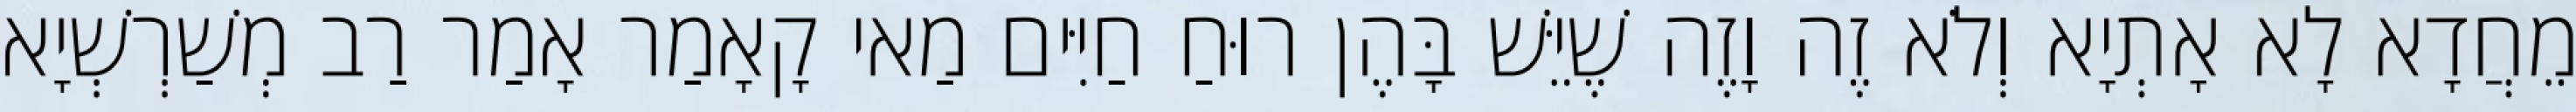
מֵחֲדָא לָא אָתְיָא וְלֹא זֶה וָזֶה שֶׁיֵּשׁ בָּהֶן רוּחַ חַיִּים מַאי קָאָמַר אָמַר רַב מְשַׁרְשְׁיָא